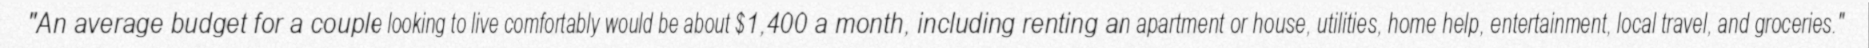
"An average budget for a couple looking to live comfortably would be about $1,400 a month, including renting an apartment or house, utilities, home help, entertainment, local travel, and groceries."